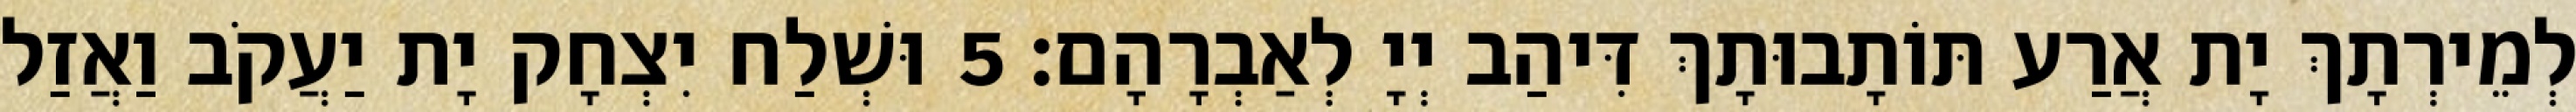
לְמֵירְתָךְ יָת אֲרַע תּוֹתָבוּתָךְ דִּיהַב יְיָ לְאַבְרָהָם׃ 5 וּשְׁלַח יִצְחָק יָת יַעֲקֹב וַאֲזַל